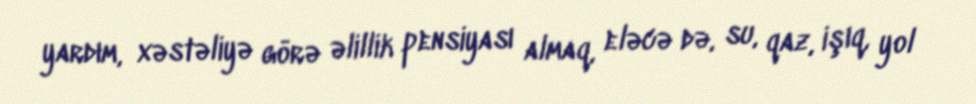
yardım, xəstəliyə görə əlillik pensiyası almaq, eləcə də, su, qaz, işıq, yol